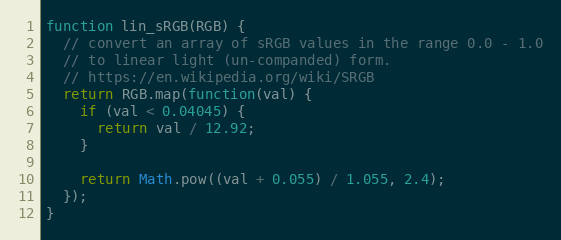
Language: JavaScript
function lin_sRGB(RGB) {
  // convert an array of sRGB values in the range 0.0 - 1.0
  // to linear light (un-companded) form.
  // https://en.wikipedia.org/wiki/SRGB
  return RGB.map(function(val) {
    if (val < 0.04045) {
      return val / 12.92;
    }

    return Math.pow((val + 0.055) / 1.055, 2.4);
  });
}